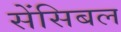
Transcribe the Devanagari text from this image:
सेंसिबल